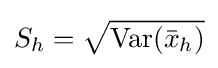
S_{h}={\sqrt {\operatorname {Var} ({\bar {x}}_{h})}}